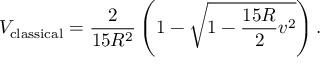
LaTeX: V _ { \mathrm { c l a s s i c a l } } = \frac { 2 } { 1 5 R ^ { 2 } } \left( 1 - \sqrt { 1 - \frac { 1 5 R } { 2 } v ^ { 2 } } \right) .